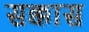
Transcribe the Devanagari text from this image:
सक्कास